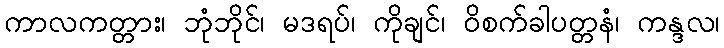
ကာလကတ္တား၊ ဘုံဘိုင်၊ မဒရပ်၊ ကိုချင်၊ ဝိစက်ခါပတ္တနံ၊ ကန္ဒလ၊